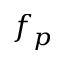
f _ { p }